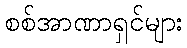
စစ်အာဏာရှင်များ